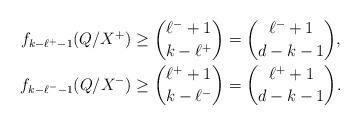
LaTeX: \begin{gather*} f_{k - \ell^+ - 1}(Q/X^+) \geq {\ell^- + 1 \choose k - \ell^+} = {\ell^- + 1 \choose d - k - 1},\\ f_{k - \ell^- - 1}(Q/X^-) \geq {\ell^+ + 1 \choose k - \ell^-} = {\ell^+ + 1 \choose d - k - 1}.\end{gather*}